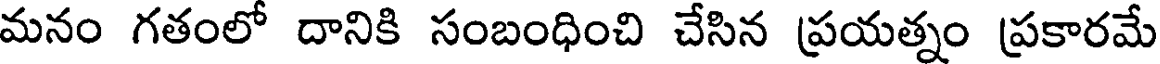
మనం గతంలో దానికి సంబంధించి చేసిన ప్రయత్నం ప్రకారమే